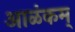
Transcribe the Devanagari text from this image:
आळंकम्